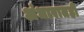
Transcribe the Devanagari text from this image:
अंधारातही